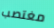
مغتصب